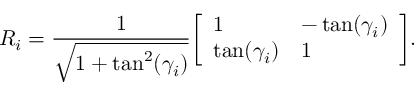
R _ { i } = { \frac { 1 } { \sqrt { 1 + \tan ^ { 2 } ( \gamma _ { i } ) } } } { \left[ \begin{array} { l l } { 1 } & { - \tan ( \gamma _ { i } ) } \\ { \tan ( \gamma _ { i } ) } & { 1 } \end{array} \right] } .